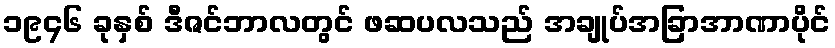
၁၉၄၆ ခုနှစ် ဒီဇင်ဘာလတွင် ဖဆပလသည် အချုပ်အခြာအာဏာပိုင်